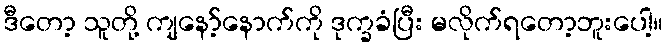
ဒီတော့ သူတို့ ကျနော့်နောက်ကို ဒုက္ခခံပြီး မလိုက်ရတော့ဘူးပေါ့။